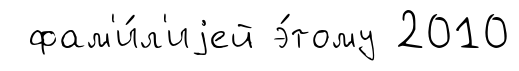
фам'и́л'иjей э́тому 2010